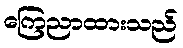
ကြေညာထားသည်